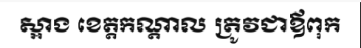
ស្អាង ខេត្តកណ្តាល ត្រូវជាឪពុក